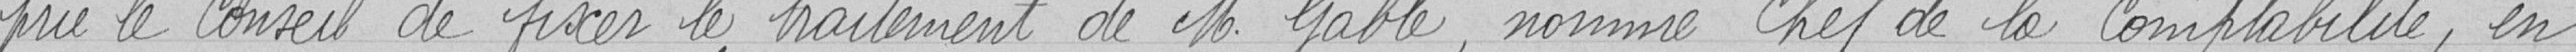
prie le Conseil de fixer le traitement de M. Gable, nommé Chef de la Comptabilité, en